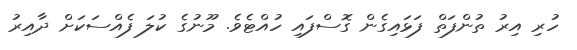
ހުރި އިރު ތުންފަތް ފަޅައިގެން ގޮސްފައި ހުއްޓެވެ. މޫނުގެ ކުލަ ފެއްސަކަށް ދާއިރު